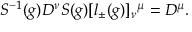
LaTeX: S ^ { - 1 } ( g ) D ^ { \nu } S ( g ) [ l _ { \pm } ( g ) ] _ { \nu } { } ^ { \mu } = D ^ { \mu } .